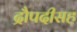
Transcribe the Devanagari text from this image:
द्रौपदीसह